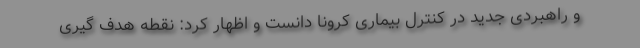
و راهبردی جدید در کنترل بیماری کرونا دانست و اظهار کرد: نقطه هدف گیری